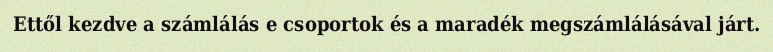
Ettől kezdve a számlálás e csoportok és a maradék megszámlálásával járt.